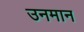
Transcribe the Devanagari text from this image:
उनमान